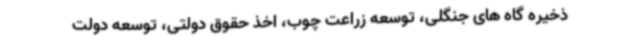
ذخیره گاه های جنگلی، توسعه زراعت چوب، اخذ حقوق دولتی، توسعه دولت